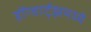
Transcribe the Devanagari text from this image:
हॉग्वार्ट्झमध्ये